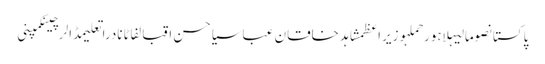
پاکستانصومالیہلاہورحملہوزیراعظمشاہد خاقان عباسیاحسن اقبالفاٹانادراتعلیمڈالرچینکمپنی